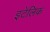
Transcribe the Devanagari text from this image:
इटेलिक